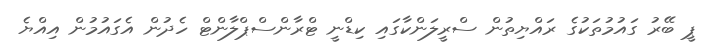
ޕީ ބޭރު ގައުމުތަކުގެ ރައްޔިތުން ސްރީލަންކާގައި ކިޑްނީ ޓްރާންސްޕްލާންޓް ހެދުން އެގައުމުން އިއްޔެ